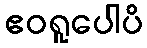
ဧဝရူပေါပိ